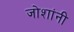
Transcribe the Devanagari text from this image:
जोशांनी